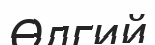
Өлгий